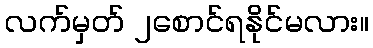
လက်မှတ် ၂စောင်ရနိုင်မလား။